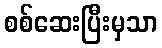
စစ်ဆေးပြီးမှသာ